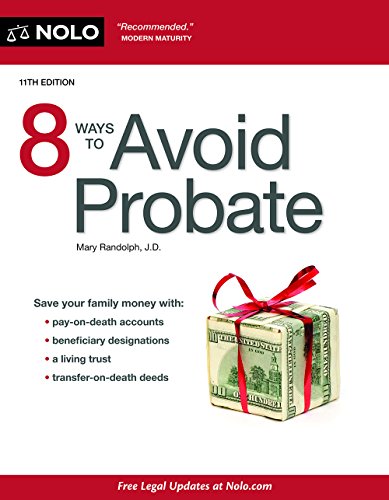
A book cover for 8 Ways to Avoid Probate; Mary Randolph JD; Law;